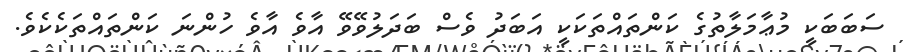
ސަބަބަކީ މުޢާމަލާތުގެ ކަންތައްތަކަކީ އަބަދު ވެސް ބަދަލުވޭވޭ އާވެ އާވެ ހުންނަ ކަންތައްތަކެކެވެ.